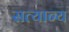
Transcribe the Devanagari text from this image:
सत्यान्य